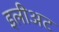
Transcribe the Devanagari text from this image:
इलीअट